Indian journal of veterinary science and animal husbandry - Volume 5,
Year: 1935
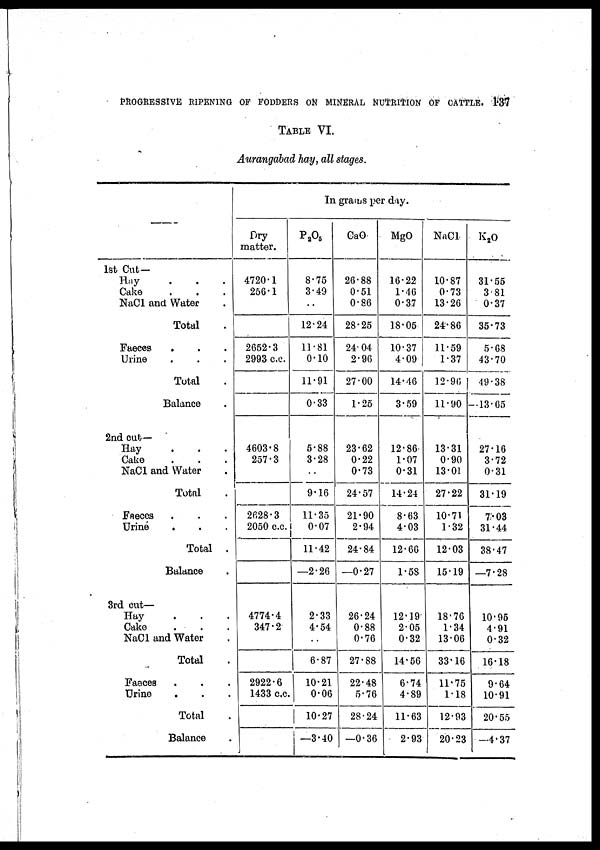
PROGRESSIVE RIPENING OF FODDERS ON MINERAL NUTRITION OF CATTLE. 137
TABLE VI.
Aurangabad hay, all stages.
—
1st Cut—
Hay . . .
Cake . . .
NaCl and Water .
Total .
Faeces . . .
Urine . . .
Total .
Balance .
2nd cut—
Hay . . .
Cake . . .
NaCl and Water .
Total .
Faeces . . .
Urine
. . .
Total .
Balance .
3rd cut—
Hay . . .
Cake . . .
NaCl and Water .
Total .
Faeces . . .
Urine . . .
Total .
Balance .
In grams per day.
Dry
matter.
4720.1
256.1
2652.3
2993 c.c.
4603.8
257.3
2628.3
2050 c.c.
4774.4
347.2
2922.6
1433 c.c.
P 2 O 5
8.75
3.49
..
12.24
11.81
0.10
11.91
0.33
5.88
3.28
..
9.16
11.35
0.07
11.42
—2.26
2.33
4.54
..
6.87
10.21
0.06
10.27
—3.40
CaO
26.88
0.51
0.86
28.25
24.04
2.96
27.00
1.25
23.62
0.22
0.73
24.57
21.90
2.94
24.84
—0.27
26.24
0.88
0.76
27.88
22.48
5.76
28.24
—0.36
MgO
16.22
1.46
0.37
18.05
10.37
4.09
14.46
3.59
12.86
1.07
0.31
14.24
8.63
4.03
12.66
1.58
12.19
2.05
0.32
14.56
6.74
4.89
11.63
2.93
NaCl
10.87
0.73
13.26
24.86
11.59
1.37
12.96
11.90
13.31
0.90
13.01
27.22
10.71
1.32
12.03
15.19
18.76
1.34
13.06
33.16
11.75
1.18
12.93
20.23
K 2 O
31.55
3.81
0.37
35.73
5.68
43.70
49.38
—13.65
27.16
3.72
0.31
31.19
7.03
31.44
38.47
—7.28
10.95
4.91
0.32
16.18
9.64
10.91
20.55
—4.37